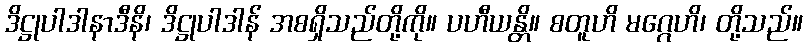
ဒိဋ္ဌုပါဒါနာဒီနိ၊ ဒိဋ္ဌုပါဒါန် အစရှိသည်တို့ကို။ ပဟီယန္တိ။ စတူဟိ မဂ္ဂေဟိ၊ တို့သည်။